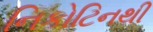
નિકોટિનથી